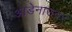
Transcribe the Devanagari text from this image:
आडेनाउवर